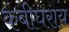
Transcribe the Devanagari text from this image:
कंबीघराय